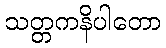
သတ္တကနိပါတော